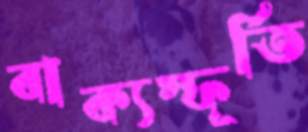
বাক্যস্ফূর্তি